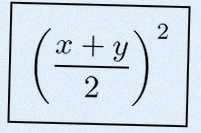
\left(\frac{x+y}{2}\right)^2